Annual report on the lock hospitals of the Madras Presidency
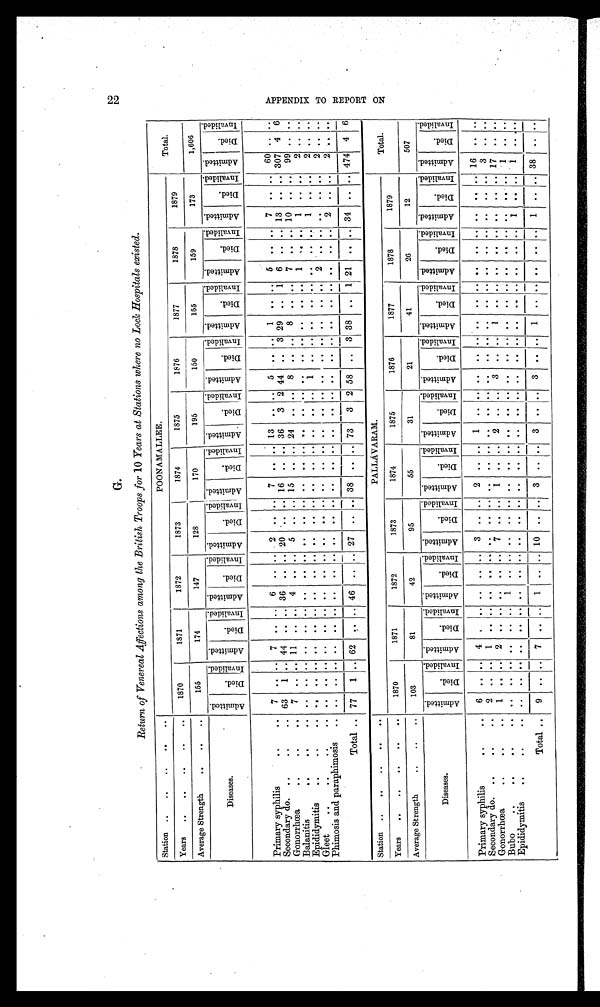
G.
22
Return of Venereal Affections among the British Troops for 10 Years at Stations where no Lock Hospitals existed.
Station ..
..
..
..
..
POONAMALLEE.
Total.
Years
..
..
..
..
..
1870
1871
1872
1873
1874
1875
1876
1877
1878
1879
Average Strength
..
..
. .
155
174
147
128
170
195
150
155
159
173
1,606
Diseases.
A d m i t t e d .
D i e d .
I nva l i de d. A d m i t t e d .
Di e d .
I n v a l i d e d .
A d m i t t e d .
Di e d .
I n v a l i d e d . A d m i t t e d .
D i e d .
I n v a l i d e d . Admi t t e d.
D i e d .
I n v a l i d e d . Admi t t e d.
D i e d .
I n v a l i d e d .
A d m i t t e d .
D i e d .
I n v a l i d e d . A d m i t t e d .
D i e d .
I n v a l i d e d . A d m i t t e d .
D i e d .
I n v a l i d e d .
A d m i t t e d .
D i e d .
I n v a l i d e d . A d m i t t e d .
D i e d .
I n v a l i d e d .
Primary syphilis
..
. .
7 .. .. 7
. . .. 6
. .
. . 2 ..
. . 7
. . . . 13
. . .. 5
. . .. 1
. . .. 5
. . . . 7
. . .. 60 .. . .
Secondary do. ..
..
. . 63
1 .. 44 .. .. 36 .. .. 20
. . .. 16
. . . . 36
3 2 44
. . 3 29 .. 1 6 .. .. 13 .. .. 307 4 6
Gonorrhœa
..
..
. .
7 .. .. 11 .. .. 4
. . . . 5
. . . . 15 .. .. 24
. . . . 8
. . . . 8
. . . . 7 ..
. . 10
. . . . 99
. . . .
Balanitis
..
..
. .
. .
. . ..
. .
. . . . . .
. . . .
. .
. . . .
. .
. . . . . .
. .
. . . .
. . . . . .
. . . . 1
. . . . 1 ..
. .
2
. . ..
Epididymitis
..
..
. .
. .
. .
. . . .
. . . . . .
. . . . . .
. . . . . .
. . . . . .
. . . . 1
. . . . . .
. . . . . . ..
1
. . . . 2
. . ..
Gleet
..
..
..
. .
. .
. . ...
. .
. . . . . .
. . . . . .
. . . . . .
. . . . ..
. . .. .. ..
. . .. .. .
2
. . . . . .
. . ... 2
. . . .
Phimosis and paraphimosis
. .
. .
. .
. . . .
. . . . . .
. . . .
. .
. . . .
. . .. .. ..
. . .. .. .. ..
. . .. .. . .
.. .. 2 .. ..
2
. . . .
Total .. 77
1 .. 62 .. .. 46 .. .. 27 .. .. 38 ..
. . 73
3 2 58 .. 3 38 .. 1 21 .. .. 34 .. .. 474 4 6
Station ..
..
..
. .
. .
PALLÁVARAM.
Total.
Years
..
..
..
..
. .
1870
1871
1872
1873
1874
1875
1876
1877
1878
1879
Average Strength
..
..
..
103
81
42
95
55
31
21
41
26
12
507
Diseases.
A d m i t t e d .
D i e d .
I nva l i de d. A d m i t t e d .
Died.
I n v a l i d e d . A d m i t t e d .
D i e d .
I n v a l i d e d . A d m i t t e d .
D i e d .
I n v a l i d e d . A d m i t t e d .
D i e d .
I n v a l i d e d . Admi t t ed.
D i e d .
I n v a l i d e d .
A d m i t t e d .
D i e d .
I nva l i de d.
A d m i t t e d .
D i e d .
I n v a l i d e d . A d m i t t e d .
D i e d .
I n v a l i d e d .
A d m i t t e d .
D i e d .
I n v a l i d e d . A d m i t t e d .
D i e d .
I n v a l i d e d .
Primary syphilis
..
. .
6 ..
. . 4
. .
. . ..
. . . . 3 ..
. . 2 .. .. 1 ..
. .
. .
. .
. . . .
. . . .
. .
. . . . . .
. .
. .
16
. .
. .
Secondary do. ..
. . . . 2
. .
. . 1
. . . . . .
. . . . . .
. . . .
. .
. .
. .
. .
. . ..
. .
. . . . . .
. . . . . .
. .
. . . .
. . . . 3
. .
. .
Gonorrhœa
..
. .
. .
1
. .
. . 2
. . . . . .
. .
. . 7
. . . . 1
. . .. 2 .. .. 3 .. .. 1
. . . . . .
. .
. . . .
. . . . 17
. .
. .
Bubo..
. .
. .
. .
. .
. .
. .
. . . . 1
. . . . . .
. . . . . .
. . . . . .
. . . .
. .
. . . . . .
. . . . . .
. . . . . .
. . . . 1 .. ..
Epididymitis
..
. .
. .
. .
. .
. .
. .
. . . . . .
. . . . . .
. . . .
. .
. .
. . . .
. . . .
. .
. . . . . .
. . . . . .
. .
. . 1
. . . . 1
. . . .
Total ..
9 ..
. . 7 ..
. . 1
. . . . 10
. . . . 3
. .
. . 3 .. . . 3
. .
. . 1 ..
. .
. .
. .
. . 1
. . .. 38
. .
. .
A P P E N D I X T O R E P O R T O N